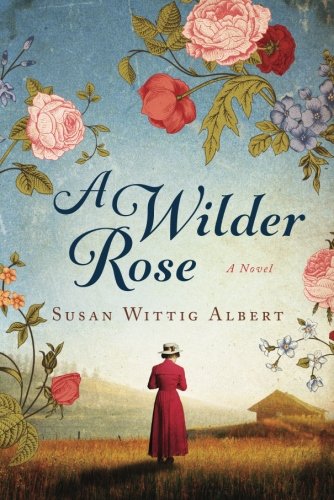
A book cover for A Wilder Rose: A Novel; Susan Wittig Albert; Literature & Fiction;